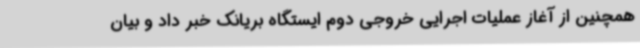
همچنین از آغاز عملیات اجرایی خروجی دوم ایستگاه بریانک خبر داد و بیان